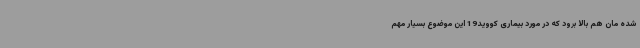
شده مان هم بالا برود که در مورد بیماری کووید19 این موضوع بسیار مهم